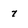
Character: 7